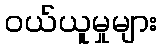
ဝယ်ယူမှုများ